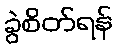
ခွဲစိတ်ရန်